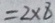
= 2 \times 8